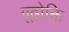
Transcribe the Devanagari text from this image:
गूढ़ोक्ति